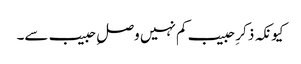
کیونکہ ذکرِ حبیب کم نہیں وصلِ حبیب سے۔